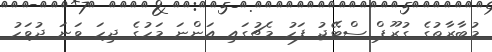
މުބާރާތުގެ ގުރޫޕް ސްޓޭޖު ފަހު މެޗުގައި އަންނަ މަހުގެ ދިހަ ވަނަ ދުވަހު